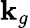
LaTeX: \mathbf{k}_{g}